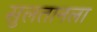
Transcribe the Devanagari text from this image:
सुलतानला